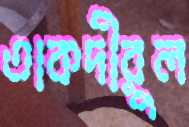
তাকদীরুল